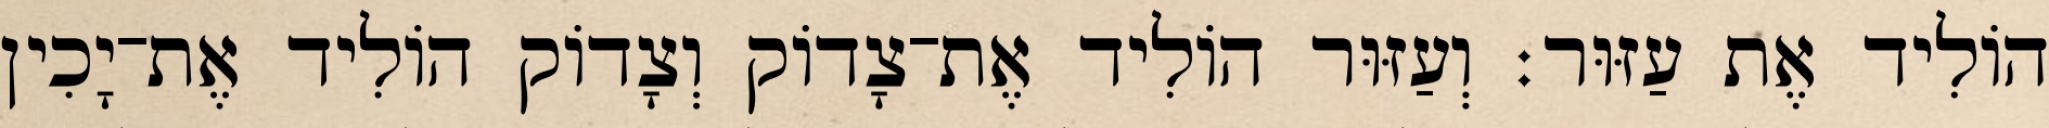
הוֹלִיד אֶת עַזּוּר׃ וְעַזּוּר הוֹלִיד אֶת־צָדוֹק וְצָדוֹק הוֹלִיד אֶת־יָכִין